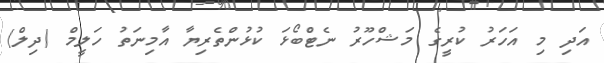
އަދި މި އަހަރު ކުރީގެ މަޝްހޫރު ނެޓްބޯޅަ ކުޅުންތެރިޔާ އާމިނަތު ހަލީމް (ދިލް)